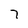
Character: 7